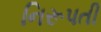
નિરૂપતી